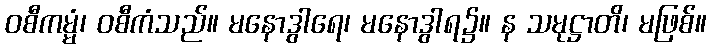
ဝစီကမ္မံ၊ ဝစီကံသည်။ မနောဒွါရေ၊ မနောဒွါရ၌။ န သမုဋ္ဌာတိ၊ မဖြစ်။